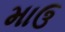
માઉ